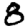
Digit: 8